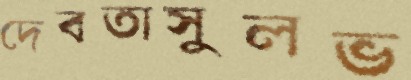
দেবতাসুলভ